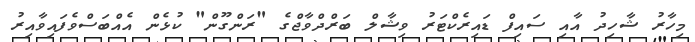
މިހާރު ޝާހިދު އާއި ސައިފް ޑައިރެކްޓަރު ވިޝާލް ބަރްދްވާޖްގެ "ރަންގޫން" ކުޅެން އެއްބަސްވެފައިވާއިރު